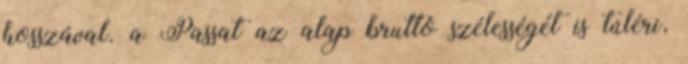
hosszával. a Passat az alap bruttó szélességét is túléri,